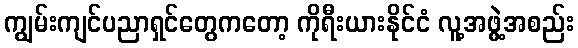
ကျွမ်းကျင်ပညာရှင်တွေကတော့ ကိုရီးယားနိုင်ငံ လူ့အဖွဲ့အစည်း